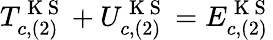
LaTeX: T_{c,(2)}^{\mathrm{~K~S~}}+U_{c,(2)}^{\mathrm{~K~S~}}=E_{c,(2)}^{\mathrm{~K~S~}}